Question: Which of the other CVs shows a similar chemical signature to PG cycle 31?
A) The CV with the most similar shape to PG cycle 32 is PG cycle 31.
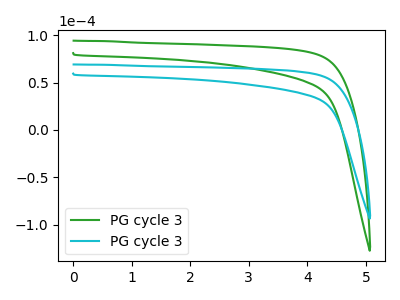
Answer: <think>The green curve "PG cycle 31" has no peaks. The cyan curve "PG cycle 32" has no peaks.
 Neither "PG cycle 31" or "PG cycle 32" have any peaks.</think>
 <answer>A) The CV with the most similar shape to "PG cycle 32" is "PG cycle 31".</answer>
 <eval>A</eval>